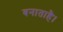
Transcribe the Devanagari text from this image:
बनाताहै।